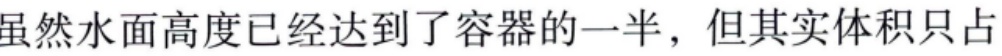
虽然水面高度已经达到了容器的一半，但其实体积只占